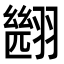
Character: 𮋑